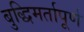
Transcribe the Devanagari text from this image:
बुद्धिमर्तापूर्ण